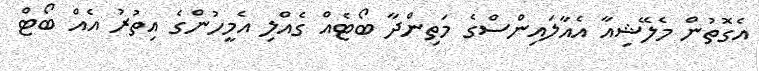
އެގޮތުން މެލޭޝިއާ އެއާލައިންސްގެ މަތިންދާ ބޯޓެއް ގެއްލި އެމީހުންގެ އިތުރު އެއް ބޯޓް